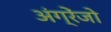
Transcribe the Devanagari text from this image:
अंग्रेंजो